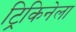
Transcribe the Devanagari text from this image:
ट्रिकिनेला